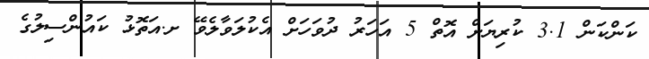
ކަންކަން 3.1 ކުރިޔަށް އޮތް 5 އަހަރު ދުވަހަށް އެކުލަވާލެވޭ ށ.އަތޮޅު ކައުންސިލުގެ